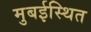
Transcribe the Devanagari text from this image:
मुबईस्थित